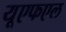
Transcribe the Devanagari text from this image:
यूएफएल